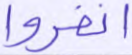
انفروا